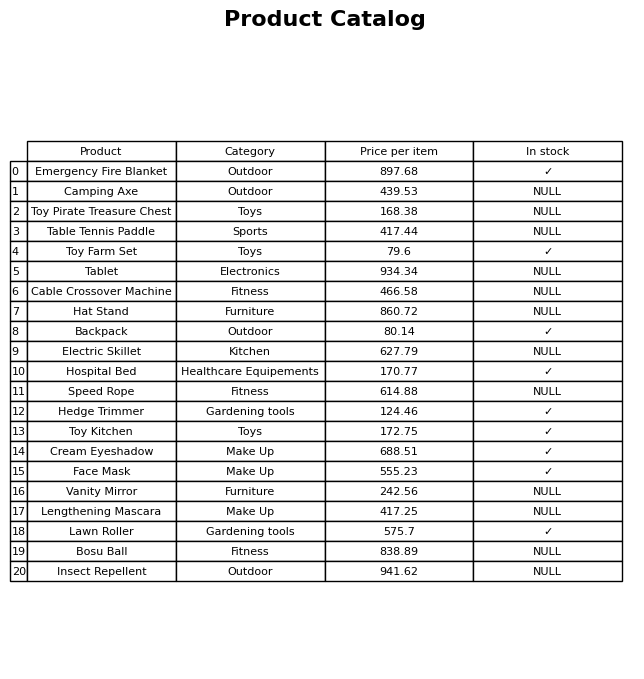
question: What is the price for Face Mask?
answer: The price of Face Mask is 555.23.